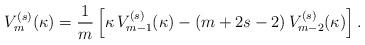
LaTeX: \begin{align*}V_{m}^{(s)}(\kappa)=\frac{1}{m}\left[\kappa\, V_{m-1}^{(s)}(\kappa)-(m+2s-2)\,V_{m-2}^{(s)}(\kappa)\right].\end{align*}